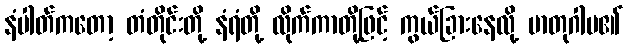
နံပါတ်ကတော့ တံတိုင်းတို့ နံရံတို့ လိုက်ကာတို့ဖြင့် ကွယ်ခြားနေလို့ မာတုဂါမ၏